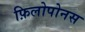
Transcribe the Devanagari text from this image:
फ़िलोपोनस